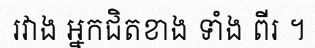
រវាង អ្នកជិតខាង ទាំង ពីរ ។